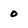
Character: o